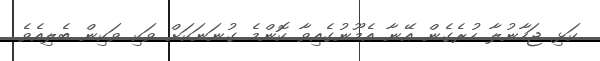
ކަޅި ޖަހާނުލާ ހުރެގެން އޭނާ އެމޫނުގެއިވާ ކޮންމެ ގުނަނަކަށް ވަކި ވަކިން ބެލިއެވެ.